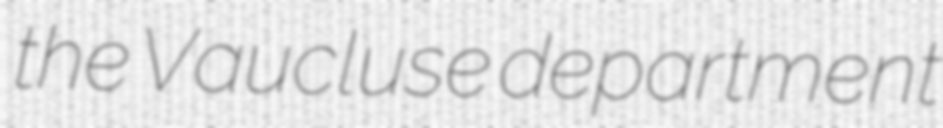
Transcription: the Vaucluse department